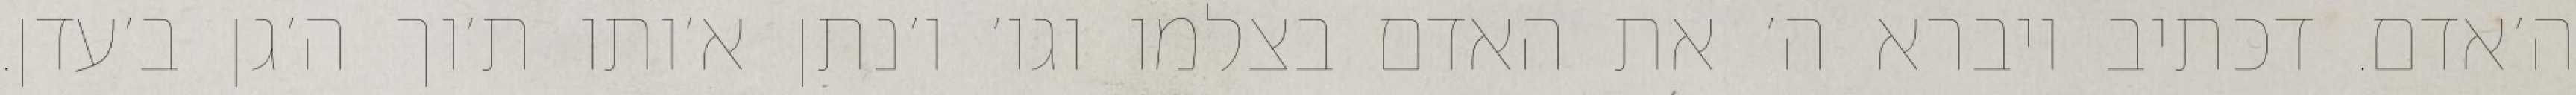
ה׳אדם. דכתיב ויברא ה׳ את האדם בצלמו וגו׳ ו׳נתן א׳ותו ת׳וך ה׳גן ב׳עדן.